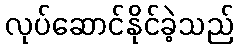
လုပ်ဆောင်နိုင်ခဲ့သည်